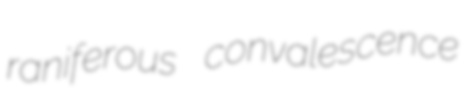
raniferous convalescence